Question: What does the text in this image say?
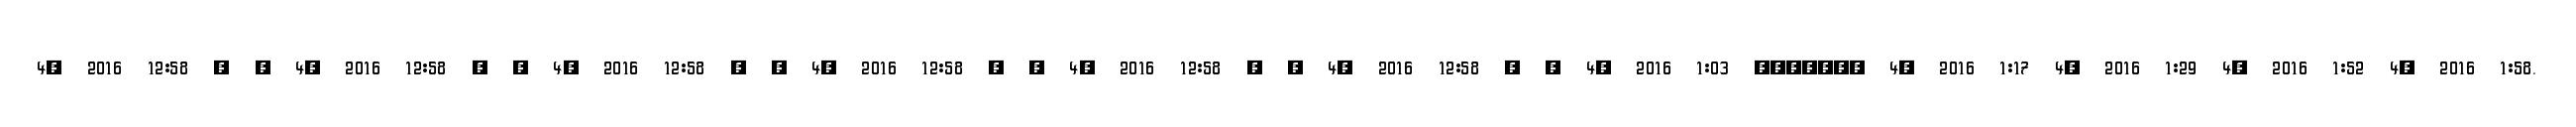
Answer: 4, 2016 12:58 ? ? 4, 2016 12:58 ? ? 4, 2016 12:58 ? ? 4, 2016 12:58 ? ? 4, 2016 12:58 ? ? 4, 2016 12:58 ? ? 4, 2016 1:03 ??????? 4, 2016 1:17 4, 2016 1:29 4, 2016 1:52 4, 2016 1:58.